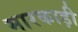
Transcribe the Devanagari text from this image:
मारकाड़ी